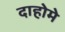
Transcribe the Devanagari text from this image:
दाहोमे